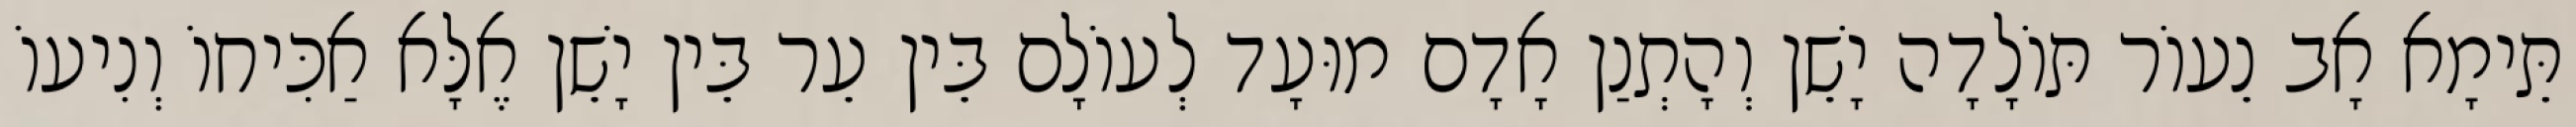
תֵּימָא אָב נֵעוֹר תּוֹלָדָה יָשֵׁן וְהָתְנַן אָדָם מוּעָד לְעוֹלָם בֵּין עֵר בֵּין יָשֵׁן אֶלָּא אַכִּיחוֹ וְנִיעוֹ